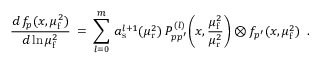
\frac { d \, f _ { p } ( x , \mu _ { \mathrm { f } } ^ { 2 } ) } { d \ln \mu _ { \mathrm { f } } ^ { 2 } } \: = \: \sum _ { l = 0 } ^ { m } \, a _ { \mathrm { s } } ^ { l + 1 } ( \mu _ { \mathrm { r } } ^ { 2 } ) \: { \cal P } _ { p p ^ { \prime } } ^ { ( l ) } \bigg ( x , \frac { \mu _ { \mathrm { f } } ^ { 2 } } { \mu _ { \mathrm { r } } ^ { 2 } } \bigg ) \otimes f _ { p ^ { \prime } } ( x , \mu _ { \mathrm { f } } ^ { 2 } ) \: \: .